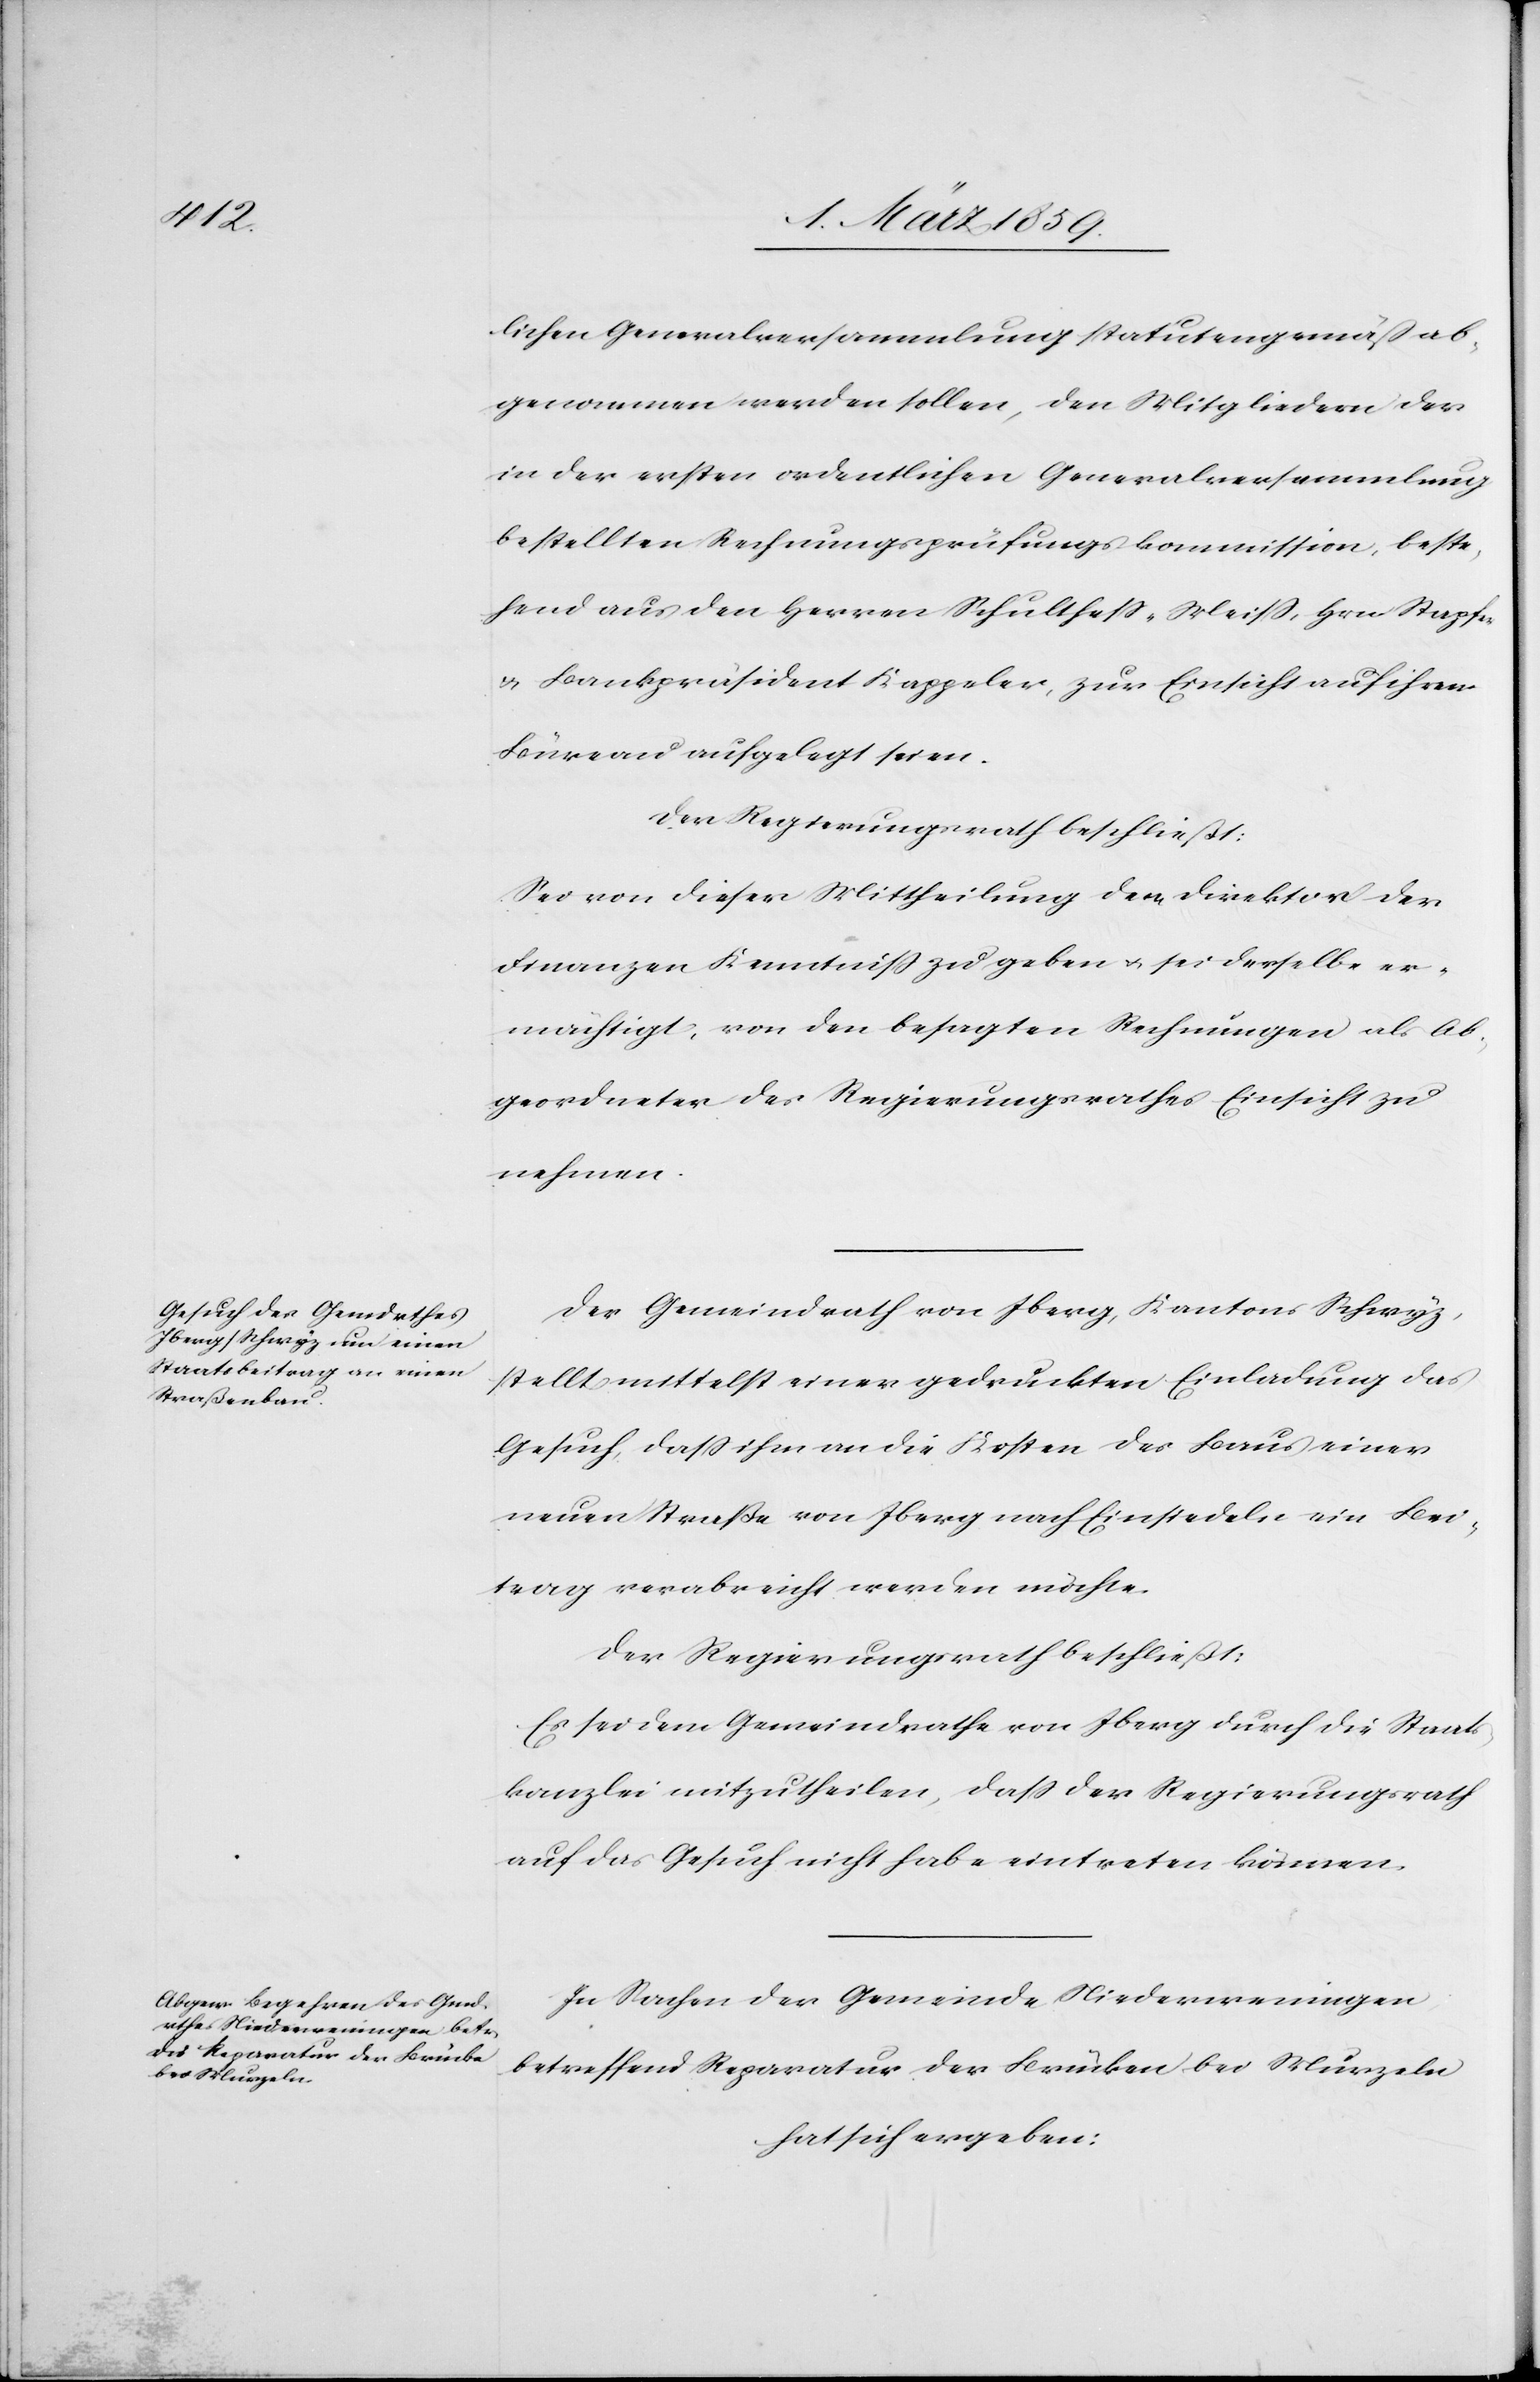
lichen Generalversammlung statutengemäß ab¬
genommen werden sollen, den Mitgliedern der
in der ersten ordentlichen Generalversammlung
bestellten Rechnungsprüfungskommission, beste¬
hend aus den Herren Schultheß-Meiß, Hrn. Stupfer
& Bankpräsident Kappeler, zur Einsicht auf ihrem
Büreau aufgelegt seien.
Der Regierungsrath beschließt:
Sei von dieser Mittheilung dem Direktor der
Finanzen Kenntniß zu geben u. sei derselbe er¬
mächtigt, von den besagten Rechnungen als Ab¬
geordneter des Regierungsrathes Einsicht zu
nehmen.
Der Gemeindrath von Iberg, Kantons Schwyz,
stellt mittelst einer gedruckten Einladung das
Gesuch, daß ihm an die Kosten des Baus einer
neuen Straße von Iberg nach Einsiedeln ein Bei¬
trag verabreicht werden möchte.
Der Regierungsrath beschließt:
Es sei dem Gemeindrathe von Iberg durch die Staats¬
kanzlei mitzutheilen, daß der Regierungsrath
auf das Gesuch nicht habe eintreten können.
In Sachen der Gemeinde Niederweningen
betreffend Reparatur der Brücken bei Murzeln
hat sich ergeben: